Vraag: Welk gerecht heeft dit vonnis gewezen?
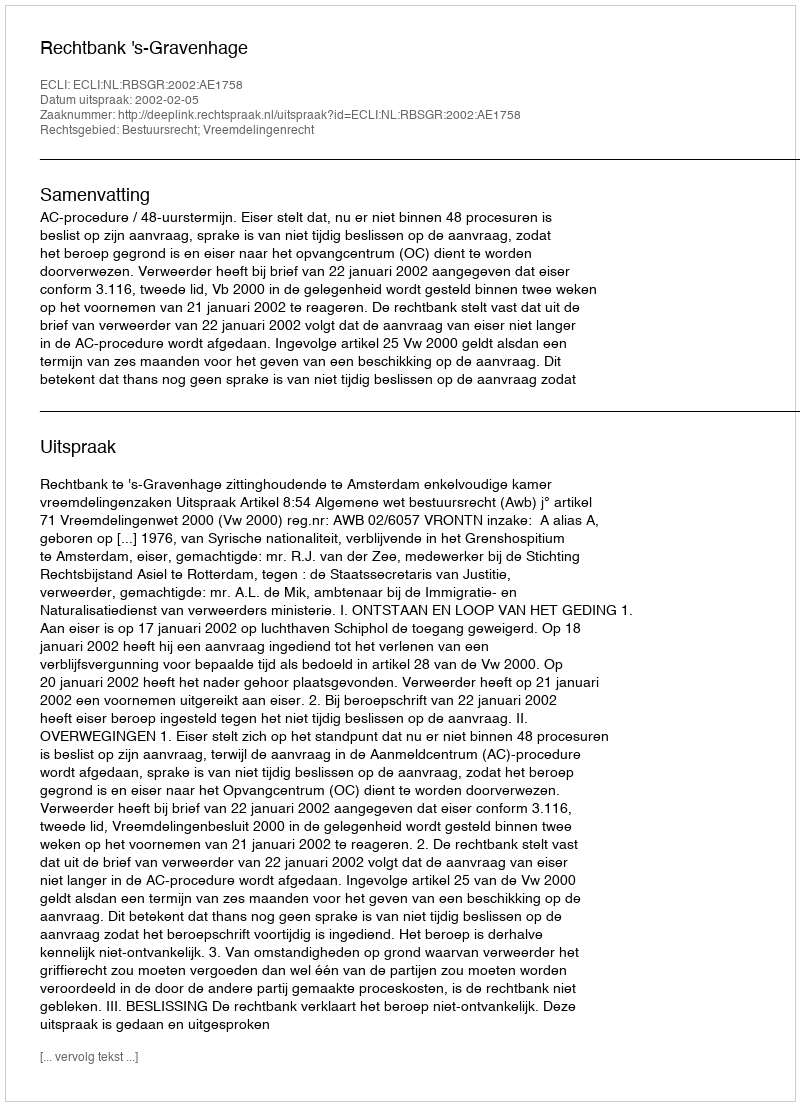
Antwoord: Rechtbank 's-Gravenhage